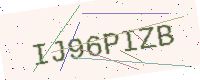
Text: IJ96PIZB